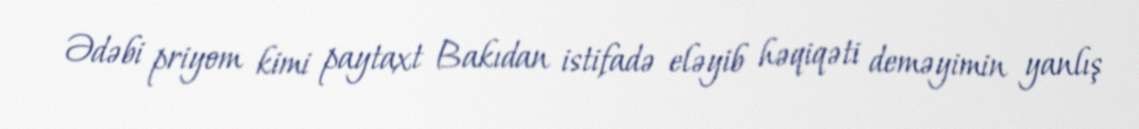
Ədəbi priyom kimi paytaxt Bakıdan istifadə eləyib həqiqəti deməyimin yanlış